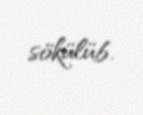
sökülüb.